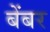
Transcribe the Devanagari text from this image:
बेंबर